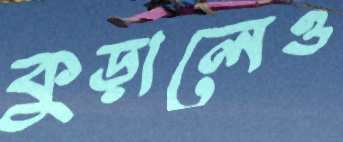
কুড়ালেও